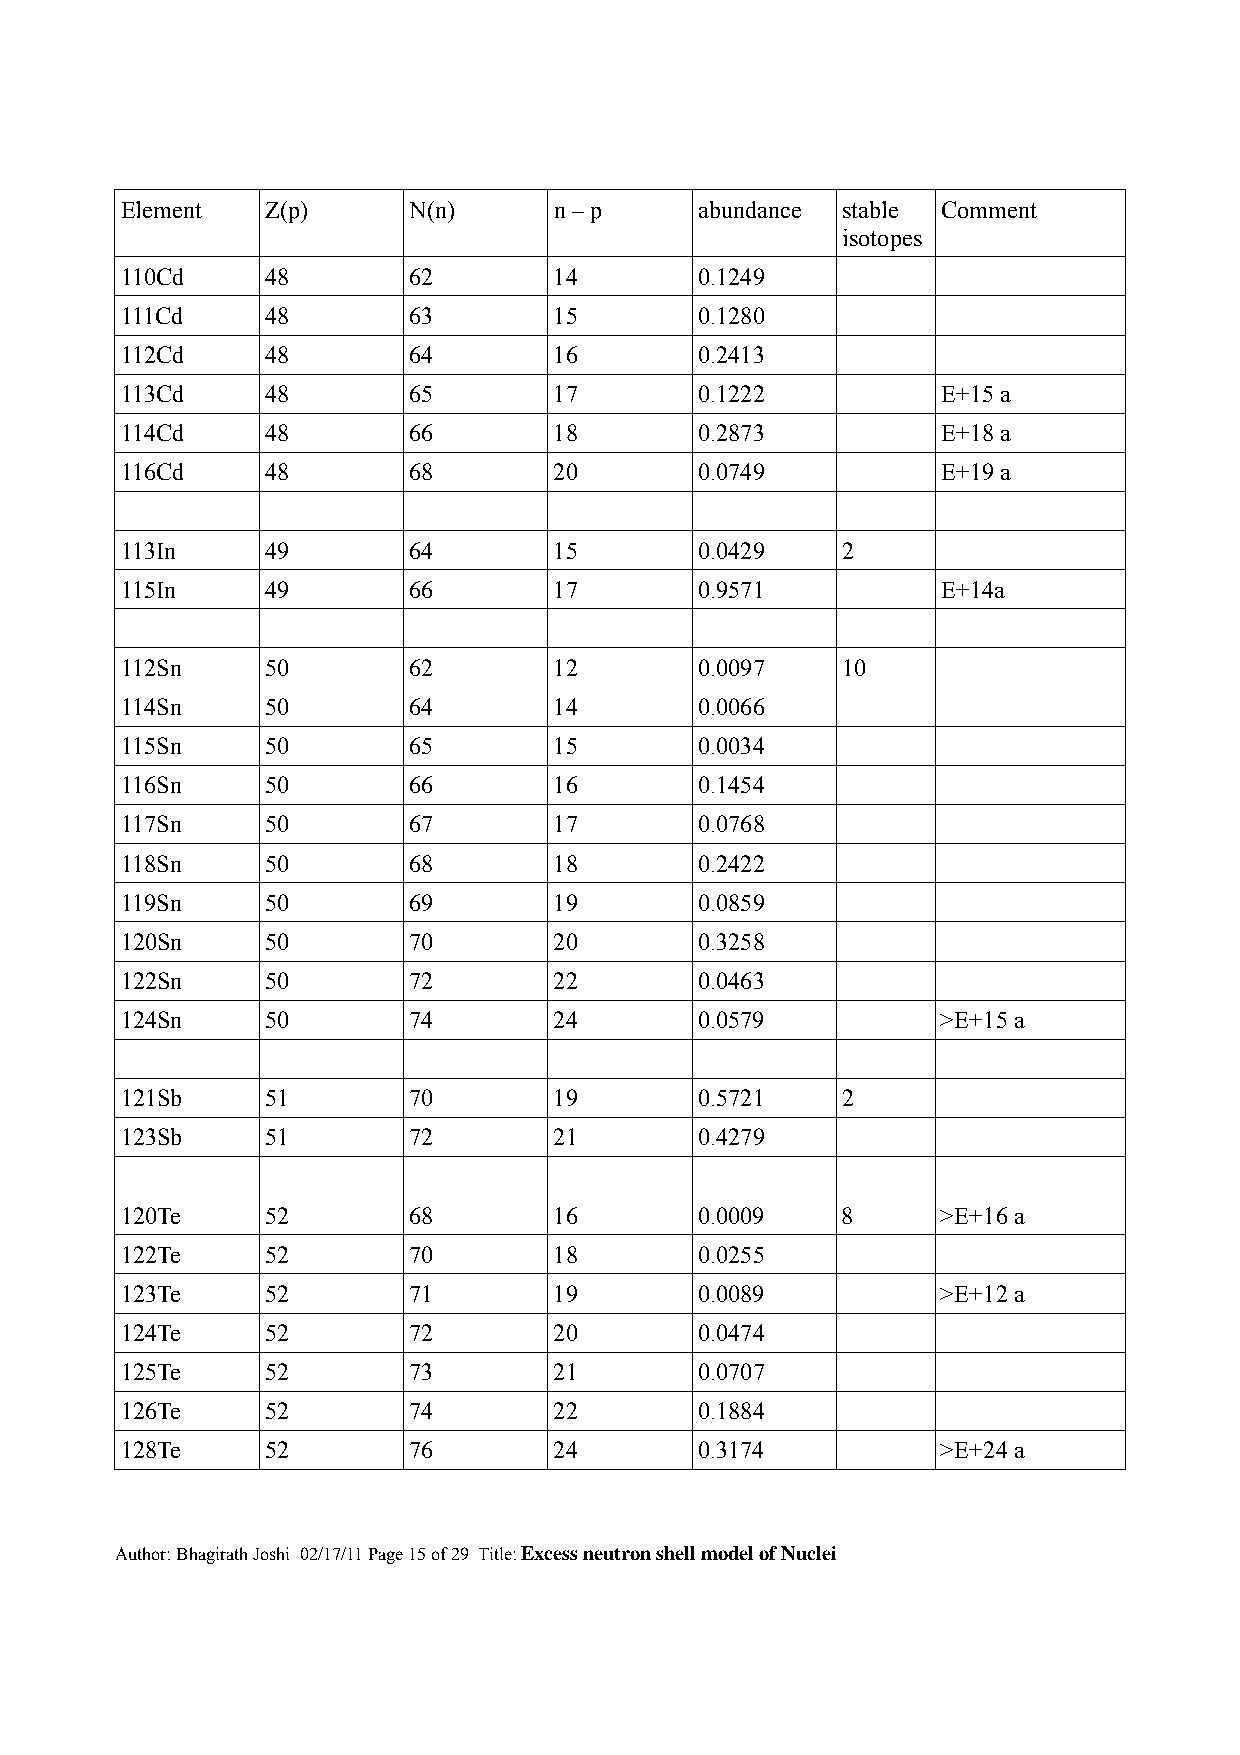
Element   Z(p)     N(n)      n – p    abundance stable Comment
 isotopes
 110Cd     48       62        14       0.1249
 111Cd     48       63        15       0.1280
 112Cd     48       64        16       0.2413
 113Cd     48       65        17       0.1222          E+15 a
 114Cd     48       66        18       0.2873          E+18 a
 116Cd     48       68        20       0.0749          E+19 a
 113In     49       64        15       0.0429    2
 115In     49       66        17       0.9571          E+14a
 112Sn     50       62        12       0.0097    10
 114Sn     50       64        14       0.0066
 115Sn     50       65        15       0.0034
 116Sn     50       66        16       0.1454
 117Sn     50       67        17       0.0768
 118Sn     50       68        18       0.2422
 119Sn     50       69        19       0.0859
 120Sn     50       70        20       0.3258
 122Sn     50       72        22       0.0463
 124Sn     50       74        24       0.0579          >E+15 a
 121Sb     51       70        19       0.5721    2
 123Sb     51       72        21       0.4279
 120Te     52       68        16       0.0009    8     >E+16 a
 122Te     52       70        18       0.0255
 123Te     52       71        19       0.0089          >E+12 a
 124Te     52       72        20       0.0474
 125Te     52       73        21       0.0707
 126Te     52       74        22       0.1884
 128Te     52       76        24       0.3174          >E+24 a
 Author: Bhagirath Joshi 02/17/11 Page 15 of 29 Title: Excess neutron shell model of Nuclei